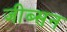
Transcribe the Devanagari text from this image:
जीब्सन